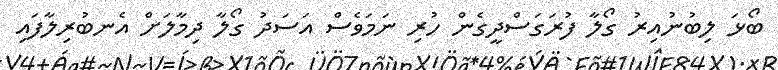
ބޯޅަ ލިބުނުއިރު ގޯލާ ފުރަގަސްދީގެން ހުރި ނަމަވެސް އަސަދު ގޯލާ ދިމާލަށް އެނބުރިލާފައި